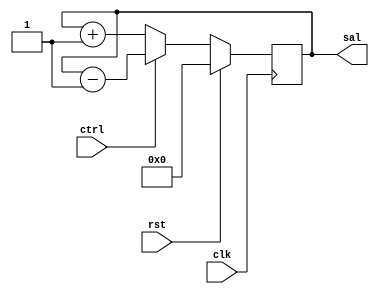
//Jesus Eduardo Esparza Soto
//Contador de 4 bits

//Modulo

module cont4b (clk,rst,ctrl,sal);

	//puertos
	//sentido    tipo  tamao   nombre
	input                       clk,rst,ctrl;
	output       reg   [3:0]         sal;
	
	//alambre y registros
	
//Asignaciones

	//seales
	//componentes
	//secuenciales
	
	always@(posedge clk) //flancos de subida (posedge)
	begin
		if(rst)
			sal=0;
		else
			if(!ctrl)
				sal=sal+1;
			else
				sal=sal-1;
	end
	
endmodule